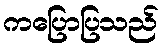
ကပြောပြသည်